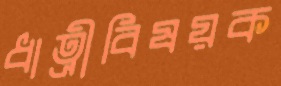
ধাত্রীবিষয়ক